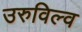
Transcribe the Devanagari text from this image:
उरुविल्व